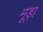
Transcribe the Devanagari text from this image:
मूड़ा